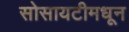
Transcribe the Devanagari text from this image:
सोसायटीमधून